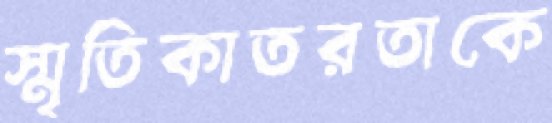
স্মৃতিকাতরতাকে